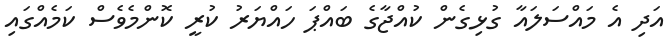
އަދި އެ މައްސަލައާ ގުޅިގެން ކުއްޖާގެ ބައްޕަ ހައްޔަރު ކުރީ ކޮންމެވެސް ކަމެއްގައި